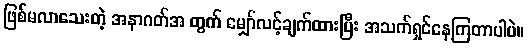
ဖြစ်မလာသေးတဲ့ အနာဂတ်အ တွက် မျှော်လင့်ချက်ထားပြီး အသက်ရှင်နေကြတာပါပဲ။